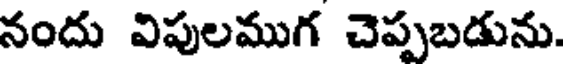
నందు విపులముగ చెప్పబడును.